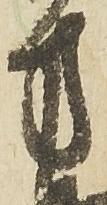
方